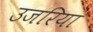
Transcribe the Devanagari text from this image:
उजरिया